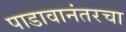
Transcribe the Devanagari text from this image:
पाडावानंतरचा